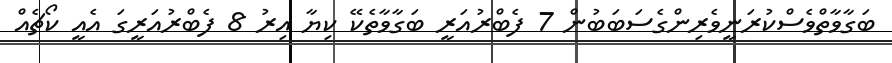
ބަގާވާތްވެސްކުރަނީވެރިންގެސަބަބުން 7 ފެބްރުއަރީ ބަގާވާތެކޭ ކިޔާ އިރު 8 ފެބްރުއަރީގަ އެއީ ކޯޗެއް